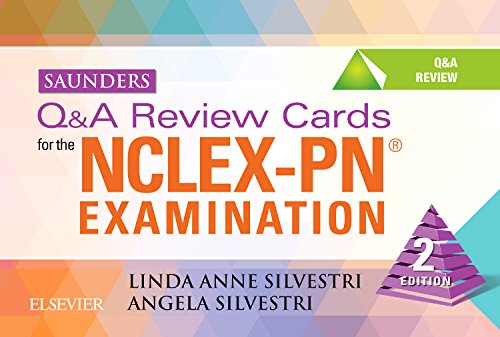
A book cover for Saunders Q&A Review Cards for the NCLEX-PNÂ® Examination, 2e; Linda Anne Silvestri PhD  RN; Test Preparation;